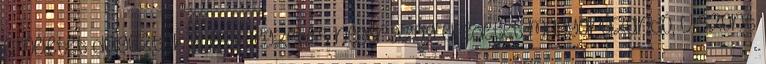
elméletet dolgoztak ki a jellegzetes négerszag eredetét magyarázandó, viszont